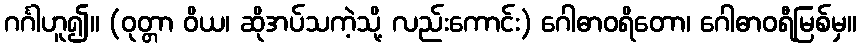
ဂင်္ဂါဟူ၍။ (ဝုတ္တာ ဝိယ၊ ဆိုအပ်သကဲ့သို့ လည်းကောင်း) ဂေါဓာဝရိတော၊ ဂေါဓာဝရီမြစ်မှ။